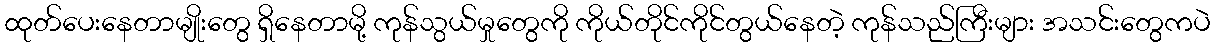
ထုတ်ပေးနေတာမျိုးတွေ ရှိနေတာမို့ ကုန်သွယ်မှုတွေကို ကိုယ်တိုင်ကိုင်တွယ်နေတဲ့ ကုန်သည်ကြီးများ အသင်းတွေကပဲ